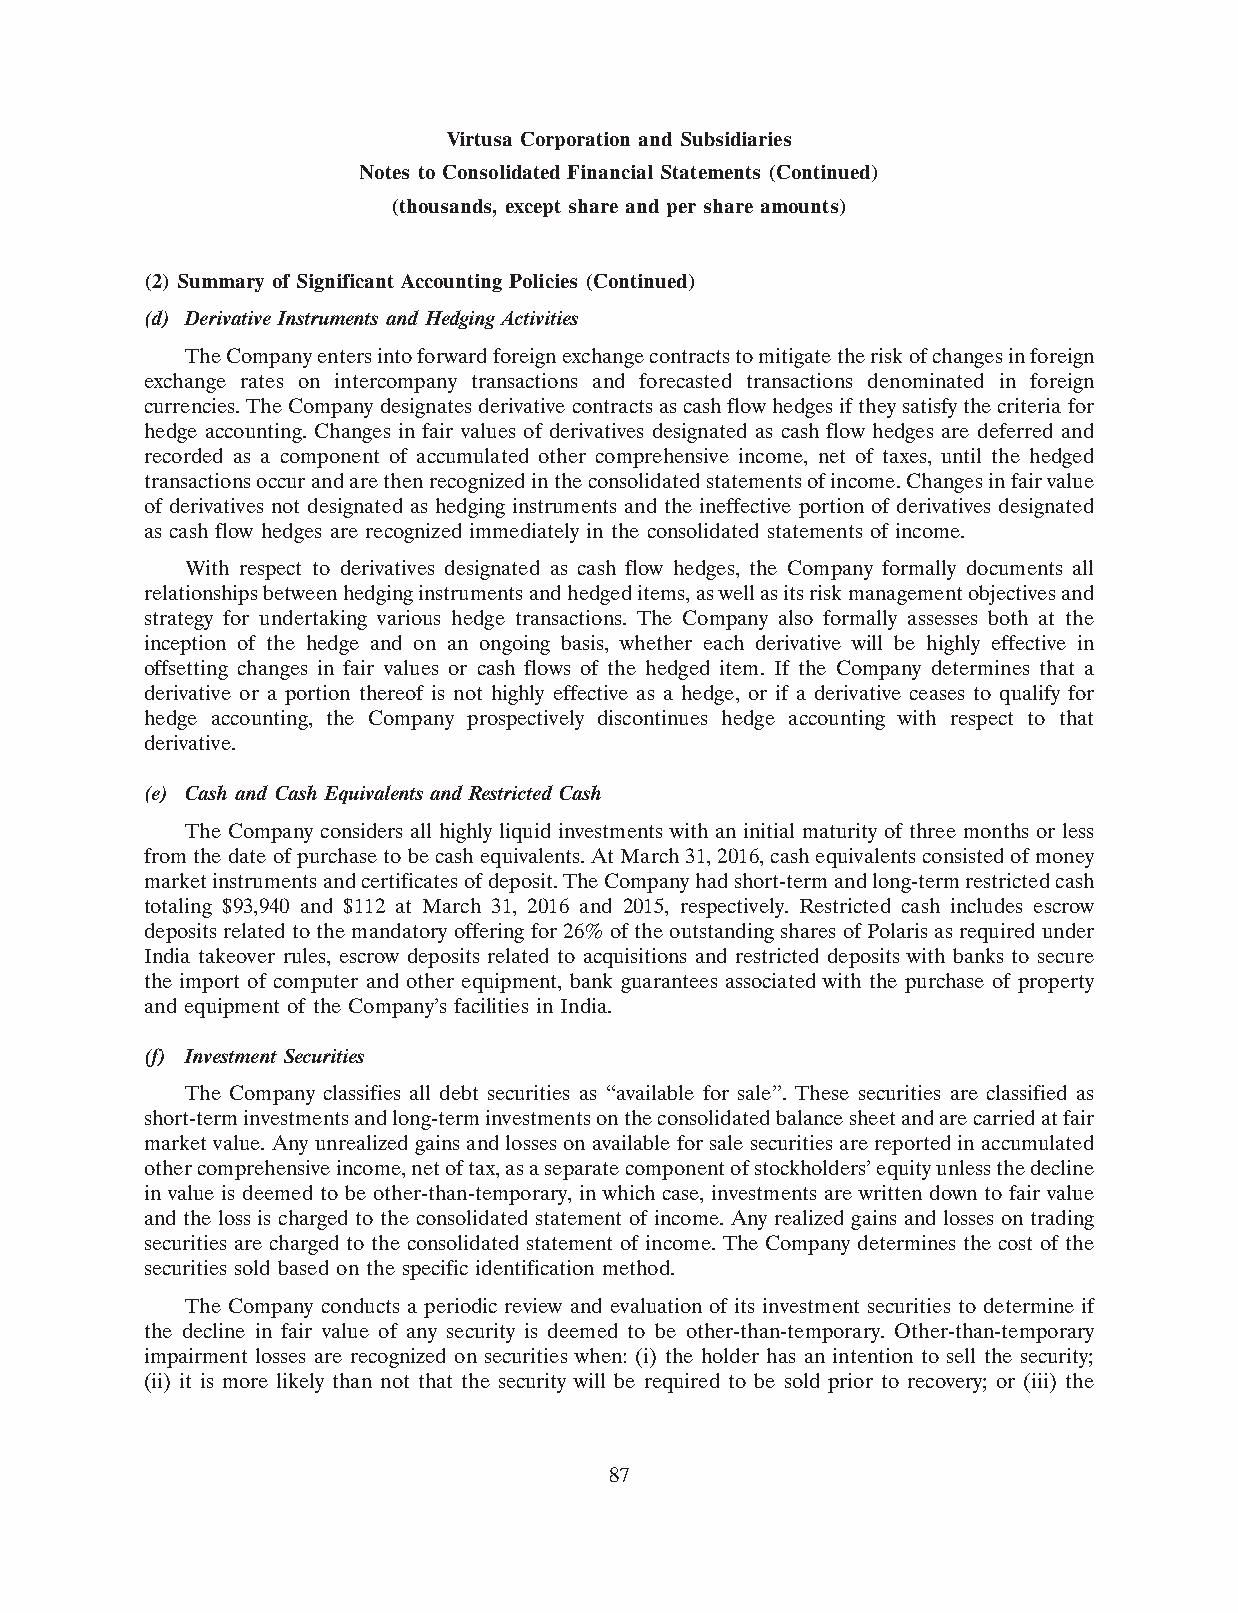
Virtusa Corporation and Subsidiaries
 Notes to Consolidated Financial Statements (Continued)
 (thousands, except share and per share amounts)
 (2) Summary of Significant Accounting Policies (Continued)
 (d) Derivative Instruments and Hedging Activities
 The Company enters into forward foreign exchange contracts to mitigate the risk of changes in foreign
 exchange rates on intercompany transactions and forecasted transactions denominated in foreign
 currencies. The Company designates derivative contracts as cash flow hedges if they satisfy the criteria for
 hedge accounting. Changes in fair values of derivatives designated as cash flow hedges are deferred and
 recorded as a component of accumulated other comprehensive income, net of taxes, until the hedged
 transactions occur and are then recognized in the consolidated statements of income. Changes in fair value
 of derivatives not designated as hedging instruments and the ineffective portion of derivatives designated
 as cash flow hedges are recognized immediately in the consolidated statements of income.
 With respect to derivatives designated as cash flow hedges, the Company formally documents all
 relationships between hedging instruments and hedged items, as well as its risk management objectives and
 strategy for undertaking various hedge transactions. The Company also formally assesses both at the
 inception of the hedge and on an ongoing basis, whether each derivative will be highly effective in
 offsetting changes in fair values or cash flows of the hedged item. If the Company determines that a
 derivative or a portion thereof is not highly effective as a hedge, or if a derivative ceases to qualify for
 hedge accounting, the Company prospectively discontinues hedge accounting with respect to that
 derivative.
 (e) Cash and Cash Equivalents and Restricted Cash
 The Company considers all highly liquid investments with an initial maturity of three months or less
 from the date of purchase to be cash equivalents. At March 31, 2016, cash equivalents consisted of money
 market instruments and certificates of deposit. The Company had short-term and long-term restricted cash
 totaling $93,940 and $112 at March 31, 2016 and 2015, respectively. Restricted cash includes escrow
 deposits related to the mandatory offering for 26% of the outstanding shares of Polaris as required under
 India takeover rules, escrow deposits related to acquisitions and restricted deposits with banks to secure
 the import of computer and other equipment, bank guarantees associated with the purchase of property
 and equipment of the Company’s facilities in India.
 (f) Investment Securities
 The Company classifies all debt securities as ‘‘available for sale’’. These securities are classified as
 short-term investments and long-term investments on the consolidated balance sheet and are carried at fair
 market value. Any unrealized gains and losses on available for sale securities are reported in accumulated
 other comprehensive income, net of tax, as a separate component of stockholders’ equity unless the decline
 in value is deemed to be other-than-temporary, in which case, investments are written down to fair value
 and the loss is charged to the consolidated statement of income. Any realized gains and losses on trading
 securities are charged to the consolidated statement of income. The Company determines the cost of the
 securities sold based on the specific identification method.
 The Company conducts a periodic review and evaluation of its investment securities to determine if
 the decline in fair value of any security is deemed to be other-than-temporary. Other-than-temporary
 impairment losses are recognized on securities when: (i) the holder has an intention to sell the security;
 (ii) it is more likely than not that the security will be required to be sold prior to recovery; or (iii) the
 87